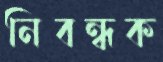
নিবন্ধক